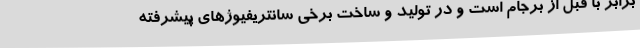
برابر با قبل از برجام است و در تولید و ساخت برخی سانتریفیوژهای پیشرفته